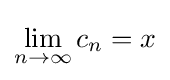
\lim _{n\to \infty }c_{n}=x